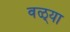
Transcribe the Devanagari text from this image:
वळ्या